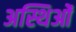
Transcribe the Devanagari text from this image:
अस्थिओं